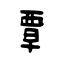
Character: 覃